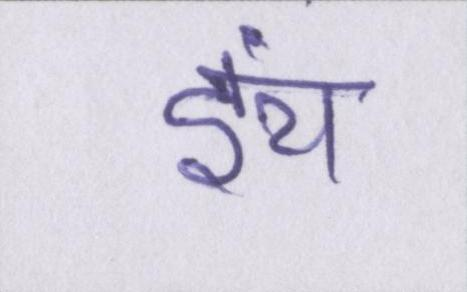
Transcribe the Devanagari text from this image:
इंच